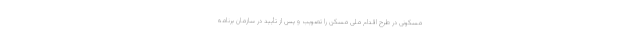
مسکونی در طرح اقدام ملی مسکن را تصویب و پس از تأیید در سازمان برنامه